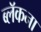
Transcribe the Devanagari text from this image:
ब्लॅकना